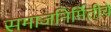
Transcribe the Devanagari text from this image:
समाजनिर्मितीचे